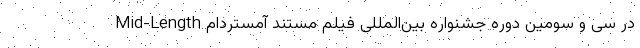
Mid-Length در سی و سومین دوره جشنواره بین‌المللی فیلم مستند آمستردام